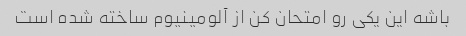
باشه این یکی رو امتحان کن از آلومینیوم ساخته شده است